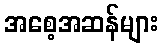
အစေ့အဆန်များ